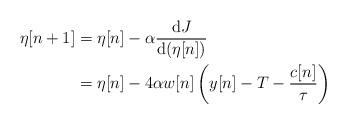
LaTeX: \begin{align*}\eta[n+1] &= \eta[n] -\alpha \frac{\mathrm{d}J}{\mathrm{d}(\eta[n])} \\ &= \eta[n] - 4\alpha w[n] \left( y[n] - T - \frac{c[n]}{\tau} \right)\end{align*}